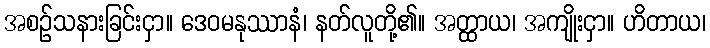
အစဉ်သနားခြင်းငှာ။ ဒေဝမနုဿာနံ၊ နတ်လူတို့၏။ အတ္ထာယ၊ အကျိုးငှာ။ ဟိတာယ၊